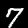
Label: 7